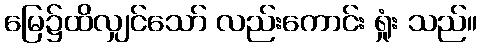
မြေ၌ထိလျှင်သော် လည်းကောင်း ရှုံး သည်။